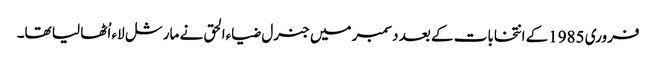
فروری 1985کے انتخابات کے بعد دسمبر میں جنرل ضیاءالحق نے مارشل لاء اُٹھا لیا تھا۔